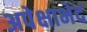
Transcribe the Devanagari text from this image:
अपेक्षाभेद